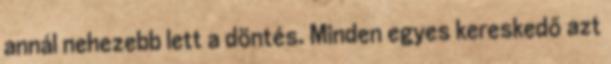
annál nehezebb lett a döntés. Minden egyes kereskedő azt